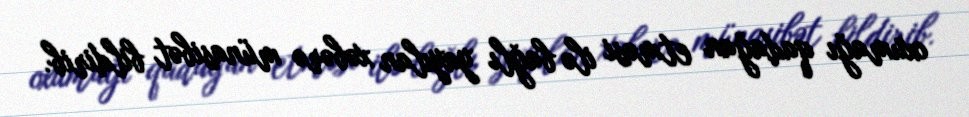
oxumağı qadağan etməsi ilə bağlı yayılan xəbərə münasibət bildirib.